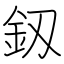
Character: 釼